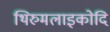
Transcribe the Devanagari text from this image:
थिरुमलाइकोदि